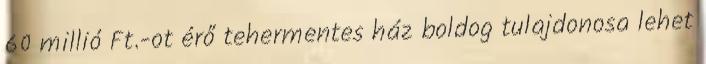
60 millió Ft.-ot érő tehermentes ház boldog tulajdonosa lehet